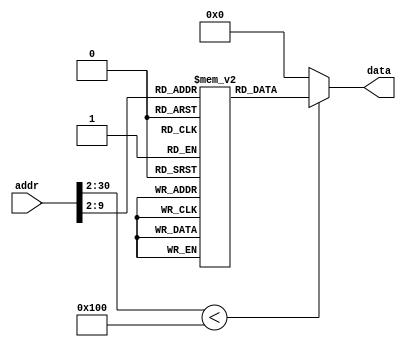
module ROM (addr,data);
input [30:0] addr;
output [31:0] data;
localparam ROM_SIZE = 256;
(* rom_style = "distributed" *) reg [31:0] ROMDATA[ROM_SIZE-1:0];
assign data=(addr[30:2] < ROM_SIZE)?ROMDATA[addr[30:2]]:32'b0;
integer i;
initial begin   
    ROMDATA[0]<=32'h08000003;
    ROMDATA[1]<=32'h08000070;
    ROMDATA[2]<=32'h0800009a;
    ROMDATA[3]<=32'h3c044000;
    ROMDATA[4]<=32'h20090001;
    ROMDATA[5]<=32'h200a0002;
    ROMDATA[6]<=32'h200e0003;
    ROMDATA[7]<=32'h00005820;
    ROMDATA[8]<=32'h00009820;
    ROMDATA[9]<=32'h20160000;
    ROMDATA[10]<=32'h8c880020;
    ROMDATA[11]<=32'h31080008;
    ROMDATA[12]<=32'h1100fffd;
    ROMDATA[13]<=32'h12c00002;
    ROMDATA[14]<=32'h8c91001c;
    ROMDATA[15]<=32'h08000013;
    ROMDATA[16]<=32'h8c90001c;
    ROMDATA[17]<=32'h20160001;
    ROMDATA[18]<=32'h0800000a;
    ROMDATA[19]<=32'hac800008;
    ROMDATA[20]<=32'h2008d8f0;
    ROMDATA[21]<=32'hac880000;
    ROMDATA[22]<=32'h2008ffff;
    ROMDATA[23]<=32'hac880004;
    ROMDATA[24]<=32'hac8e0008;
    ROMDATA[25]<=32'h0010a020;
    ROMDATA[26]<=32'h0011a820;
    ROMDATA[27]<=32'h0211902a;
    ROMDATA[28]<=32'h12400003;
    ROMDATA[29]<=32'h02009020;
    ROMDATA[30]<=32'h02208020;
    ROMDATA[31]<=32'h02408820;
    ROMDATA[32]<=32'h1220000a;
    ROMDATA[33]<=32'h1229000b;
    ROMDATA[34]<=32'h02119022;
    ROMDATA[35]<=32'h1240000b;
    ROMDATA[36]<=32'h0251602a;
    ROMDATA[37]<=32'h11890002;
    ROMDATA[38]<=32'h02118022;
    ROMDATA[39]<=32'h08000022;
    ROMDATA[40]<=32'h02208020;
    ROMDATA[41]<=32'h02408820;
    ROMDATA[42]<=32'h08000022;
    ROMDATA[43]<=32'h00101020;
    ROMDATA[44]<=32'h0800009b;
    ROMDATA[45]<=32'h20020001;
    ROMDATA[46]<=32'h0800009b;
    ROMDATA[47]<=32'h00111020;
    ROMDATA[48]<=32'h0800009b;
    ROMDATA[49]<=32'h20a6fff1;
    ROMDATA[50]<=32'h10c0001d;
    ROMDATA[51]<=32'h20a6fff2;
    ROMDATA[52]<=32'h10c0001d;
    ROMDATA[53]<=32'h20a6fff3;
    ROMDATA[54]<=32'h10c0001d;
    ROMDATA[55]<=32'h20a6fff4;
    ROMDATA[56]<=32'h10c0001d;
    ROMDATA[57]<=32'h20a6fff5;
    ROMDATA[58]<=32'h10c0001d;
    ROMDATA[59]<=32'h20a6fff6;
    ROMDATA[60]<=32'h10c0001d;
    ROMDATA[61]<=32'h20a6fff7;
    ROMDATA[62]<=32'h10c0001d;
    ROMDATA[63]<=32'h20a6fff8;
    ROMDATA[64]<=32'h10c0001d;
    ROMDATA[65]<=32'h20a6fff9;
    ROMDATA[66]<=32'h10c0001d;
    ROMDATA[67]<=32'h20a6fffa;
    ROMDATA[68]<=32'h10c0001d;
    ROMDATA[69]<=32'h20a6fffb;
    ROMDATA[70]<=32'h10c0001d;
    ROMDATA[71]<=32'h20a6fffc;
    ROMDATA[72]<=32'h10c0001d;
    ROMDATA[73]<=32'h20a6fffd;
    ROMDATA[74]<=32'h10c0001d;
    ROMDATA[75]<=32'h20a6fffe;
    ROMDATA[76]<=32'h10c0001d;
    ROMDATA[77]<=32'h20a6ffff;
    ROMDATA[78]<=32'h10c0001d;
    ROMDATA[79]<=32'h10a0001e;
    ROMDATA[80]<=32'h2007000e;
    ROMDATA[81]<=32'h03e00008;
    ROMDATA[82]<=32'h20070006;
    ROMDATA[83]<=32'h03e00008;
    ROMDATA[84]<=32'h20070021;
    ROMDATA[85]<=32'h03e00008;
    ROMDATA[86]<=32'h20070046;
    ROMDATA[87]<=32'h03e00008;
    ROMDATA[88]<=32'h20070003;
    ROMDATA[89]<=32'h03e00008;
    ROMDATA[90]<=32'h20070008;
    ROMDATA[91]<=32'h03e00008;
    ROMDATA[92]<=32'h20070010;
    ROMDATA[93]<=32'h03e00008;
    ROMDATA[94]<=32'h20070000;
    ROMDATA[95]<=32'h03e00008;
    ROMDATA[96]<=32'h20070078;
    ROMDATA[97]<=32'h03e00008;
    ROMDATA[98]<=32'h20070002;
    ROMDATA[99]<=32'h03e00008;
    ROMDATA[100]<=32'h20070012;
    ROMDATA[101]<=32'h03e00008;
    ROMDATA[102]<=32'h20070019;
    ROMDATA[103]<=32'h03e00008;
    ROMDATA[104]<=32'h20070030;
    ROMDATA[105]<=32'h03e00008;
    ROMDATA[106]<=32'h20070024;
    ROMDATA[107]<=32'h03e00008;
    ROMDATA[108]<=32'h20070079;
    ROMDATA[109]<=32'h03e00008;
    ROMDATA[110]<=32'h20070040;
    ROMDATA[111]<=32'h03e00008;
    ROMDATA[112]<=32'h8c980008;
    ROMDATA[113]<=32'h200ffff9;
    ROMDATA[114]<=32'h030fc024;
    ROMDATA[115]<=32'hac980008;
    ROMDATA[116]<=32'h23bdfff8;
    ROMDATA[117]<=32'hafbf0000;
    ROMDATA[118]<=32'hafa80004;
    ROMDATA[119]<=32'h1260000e;
    ROMDATA[120]<=32'h12690012;
    ROMDATA[121]<=32'h126a0016;
    ROMDATA[122]<=32'h126e001a;
    ROMDATA[123]<=32'h8fbf0000;
    ROMDATA[124]<=32'h8fa80004;
    ROMDATA[125]<=32'h23bd0008;
    ROMDATA[126]<=32'hac870014;
    ROMDATA[127]<=32'h8c980008;
    ROMDATA[128]<=32'h030ec025;
    ROMDATA[129]<=32'hac980008;
    ROMDATA[130]<=32'h166e0001;
    ROMDATA[131]<=32'h2013ffff;
    ROMDATA[132]<=32'h22730001;
    ROMDATA[133]<=32'h03400008;
    ROMDATA[134]<=32'h00142e00;
    ROMDATA[135]<=32'h00052f02;
    ROMDATA[136]<=32'h0c000031;
    ROMDATA[137]<=32'h20e70780;
    ROMDATA[138]<=32'h0800007b;
    ROMDATA[139]<=32'h00142f00;
    ROMDATA[140]<=32'h00052f02;
    ROMDATA[141]<=32'h0c000031;
    ROMDATA[142]<=32'h20e70b80;
    ROMDATA[143]<=32'h0800007b;
    ROMDATA[144]<=32'h00152e00;
    ROMDATA[145]<=32'h00052f02;
    ROMDATA[146]<=32'h0c000031;
    ROMDATA[147]<=32'h20e70d80;
    ROMDATA[148]<=32'h0800007b;
    ROMDATA[149]<=32'h00152f00;
    ROMDATA[150]<=32'h00052f02;
    ROMDATA[151]<=32'h0c000031;
    ROMDATA[152]<=32'h20e70e80;
    ROMDATA[153]<=32'h0800007b;
    ROMDATA[154]<=32'h0800009a;
    ROMDATA[155]<=32'hac82000c;
    ROMDATA[156]<=32'hac820018;
    ROMDATA[157]<=32'h08000003;    
	    for (i=158;i<ROM_SIZE;i=i+1) begin
            ROMDATA[i] <= 32'b0;
        end
end
endmodule